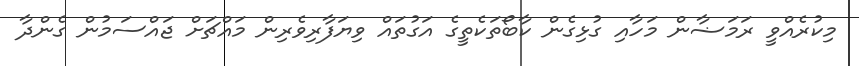
މިކުރެއްވީ ރަމަޟާން މަހާއި ގުޅިގެން ކާބޯތަކެތީގެ އަގުތައް ވިޔަފާރިވެރިން މައްޗަށް ޖައްސަމުން ގެންދާ